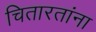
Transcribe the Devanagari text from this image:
चितारतांना